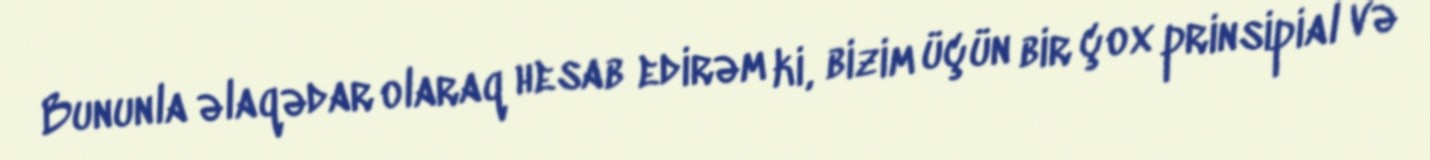
Bununla əlaqədar olaraq hesab edirəm ki, bizim üçün bir çox prinsipial və